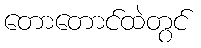
တောတောင်ထဲတွင်